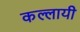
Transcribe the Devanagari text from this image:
कल्लायी